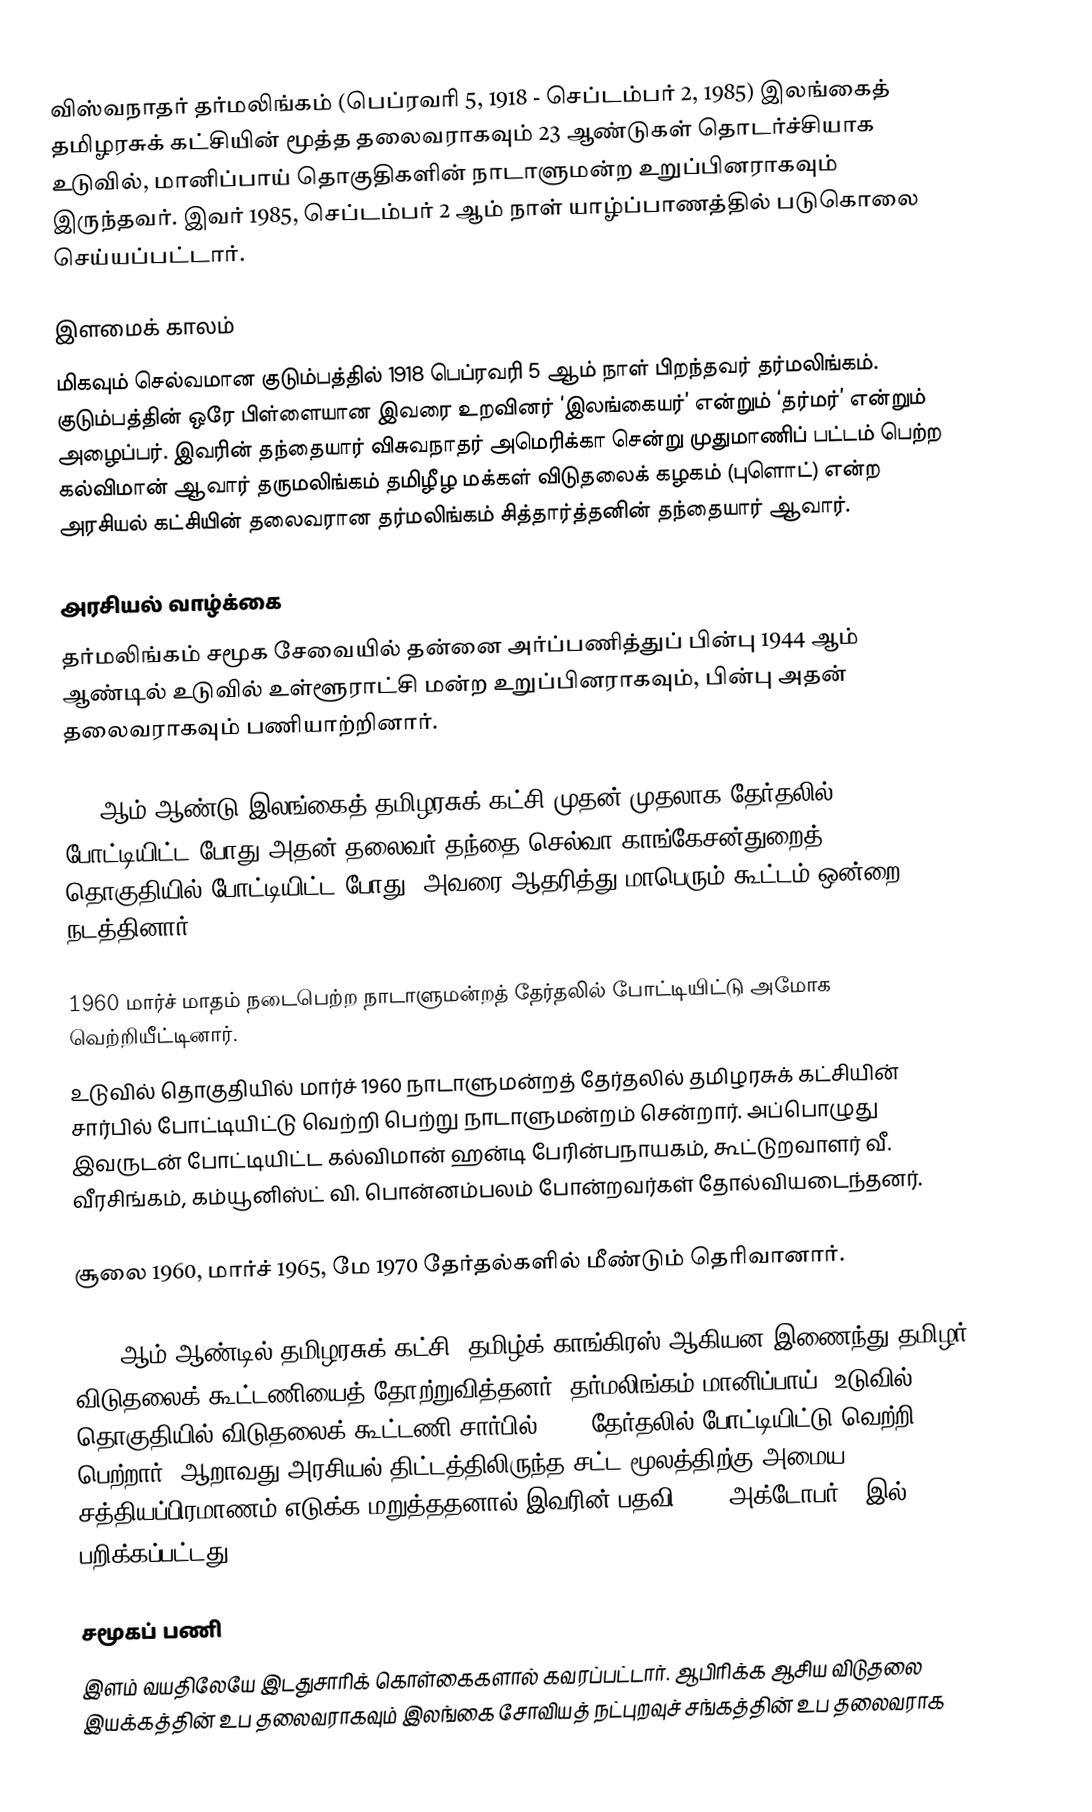
விஸ்வநாதர் தர்மலிங்கம் (பெப்ரவரி 5, 1918 - செப்டம்பர் 2, 1985) இலங்கைத் தமிழரசுக் கட்சியின் மூத்த தலைவராகவும் 23 ஆண்டுகள் தொடர்ச்சியாக உடுவில், மானிப்பாய் தொகுதிகளின் நாடாளுமன்ற உறுப்பினராகவும் இருந்தவர். இவர் 1985, செப்டம்பர் 2 ஆம் நாள் யாழ்ப்பாணத்தில் படுகொலை செய்யப்பட்டார்.

இளமைக் காலம்
மிகவும் செல்வமான குடும்பத்தில் 1918 பெப்ரவரி 5 ஆம் நாள் பிறந்தவர் தர்மலிங்கம். குடும்பத்தின் ஒரே பிள்ளையான இவரை உறவினர் ‘இலங்கையர்’ என்றும் ‘தர்மர்’ என்றும் அழைப்பர். இவரின் தந்தையார் விசுவநாதர் அமெரிக்கா சென்று முதுமாணிப் பட்டம் பெற்ற கல்விமான் ஆவார் தருமலிங்கம் தமிழீழ மக்கள் விடுதலைக் கழகம் (புளொட்) என்ற அரசியல் கட்சியின் தலைவரான தர்மலிங்கம் சித்தார்த்தனின் தந்தையார் ஆவார்.

அரசியல் வாழ்க்கை
தர்மலிங்கம் சமூக சேவையில் தன்னை அர்ப்பணித்துப் பின்பு 1944 ஆம் ஆண்டில் உடுவில் உள்ளூராட்சி மன்ற உறுப்பினராகவும், பின்பு அதன் தலைவராகவும் பணியாற்றினார்.

1952ஆம் ஆண்டு இலங்கைத் தமிழரசுக் கட்சி முதன் முதலாக தேர்தலில் போட்டியிட்ட போது அதன் தலைவர் தந்தை செல்வா காங்கேசன்துறைத் தொகுதியில் போட்டியிட்ட போது, அவரை ஆதரித்து மாபெரும் கூட்டம் ஒன்றை நடத்தினார்.

1960 மார்ச் மாதம் நடைபெற்ற நாடாளுமன்றத் தேர்தலில் போட்டியிட்டு அமோக வெற்றியீட்டினார்.
உடுவில் தொகுதியில் மார்ச் 1960 நாடாளுமன்றத் தேர்தலில் தமிழரசுக் கட்சியின் சார்பில் போட்டியிட்டு வெற்றி பெற்று நாடாளுமன்றம் சென்றார். அப்பொழுது இவருடன் போட்டியிட்ட கல்விமான் ஹன்டி பேரின்பநாயகம், கூட்டுறவாளர் வீ. வீரசிங்கம், கம்யூனிஸ்ட் வி. பொன்னம்பலம் போன்றவர்கள் தோல்வியடைந்தனர்.

சூலை 1960, மார்ச் 1965, மே 1970 தேர்தல்களில் மீண்டும் தெரிவானார்.

1972 ஆம் ஆண்டில் தமிழரசுக் கட்சி, தமிழ்க் காங்கிரஸ் ஆகியன இணைந்து தமிழர் விடுதலைக் கூட்டணியைத் தோற்றுவித்தனர். தர்மலிங்கம் மானிப்பாய் (உடுவில்) தொகுதியில் விடுதலைக் கூட்டணி சார்பில் 1977 தேர்தலில் போட்டியிட்டு வெற்றி பெற்றார். ஆறாவது அரசியல் திட்டத்திலிருந்த சட்ட மூலத்திற்கு அமைய சத்தியப்பிரமாணம் எடுக்க மறுத்ததனால் இவரின் பதவி 1983 அக்டோபர் 8 இல் பறிக்கப்பட்டது.

சமூகப் பணி
இளம் வயதிலேயே இடதுசாரிக் கொள்கைகளால் கவரப்பட்டார். ஆபிரிக்க ஆசிய விடுதலை இயக்கத்தின் உப தலைவராகவும் இலங்கை சோவியத் நட்புறவுச் சங்கத்தின் உப தலைவராக